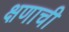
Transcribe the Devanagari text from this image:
क्षणाची